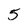
Character: 5